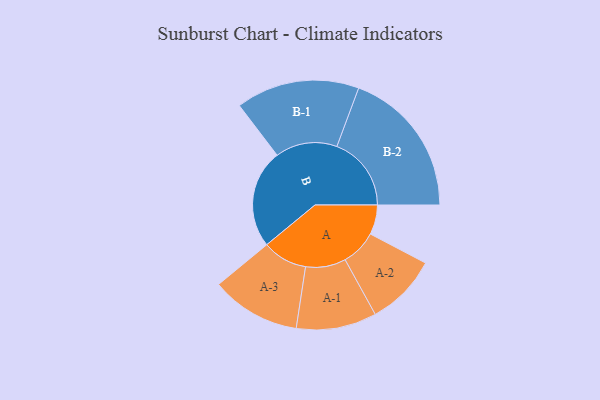
{"axis": {"x": "Segment", "y": "Value"}, "legend": ["", "A", "B"], "data": [{"x": "A", "y": 115, "type": ""}, {"x": "B", "y": 383, "type": ""}, {"x": "A-1", "y": 156, "type": "A"}, {"x": "A-2", "y": 139, "type": "A"}, {"x": "A-3", "y": 174, "type": "A"}, {"x": "B-1", "y": 240, "type": "B"}, {"x": "B-2", "y": 289, "type": "B"}]}